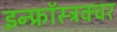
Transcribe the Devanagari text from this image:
इन्फ्रॉस्ट्रक्चर